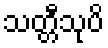
သတ္တီသုပိ